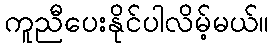
ကူညီပေးနိုင်ပါလိမ့်မယ်။